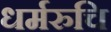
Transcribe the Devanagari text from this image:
धर्मरुचि